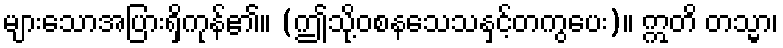
များသောအပြားရှိကုန်၏။ (ဤသို့ဝစနသေသနှင့်တကွပေး)။ ဣတိ တသ္မာ၊